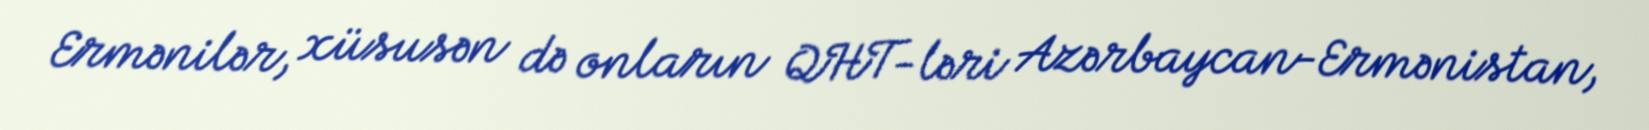
Ermənilər, xüsusən də onların QHT-ləri Azərbaycan-Ermənistan,